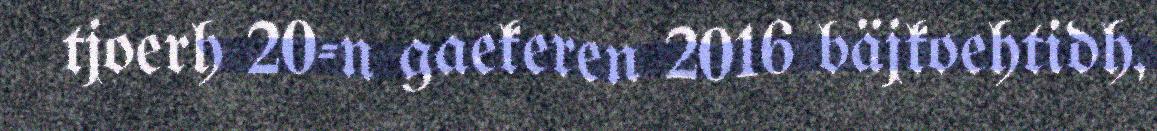
tjoerh 20-n gaekeren 2016 bäjkoehtidh,